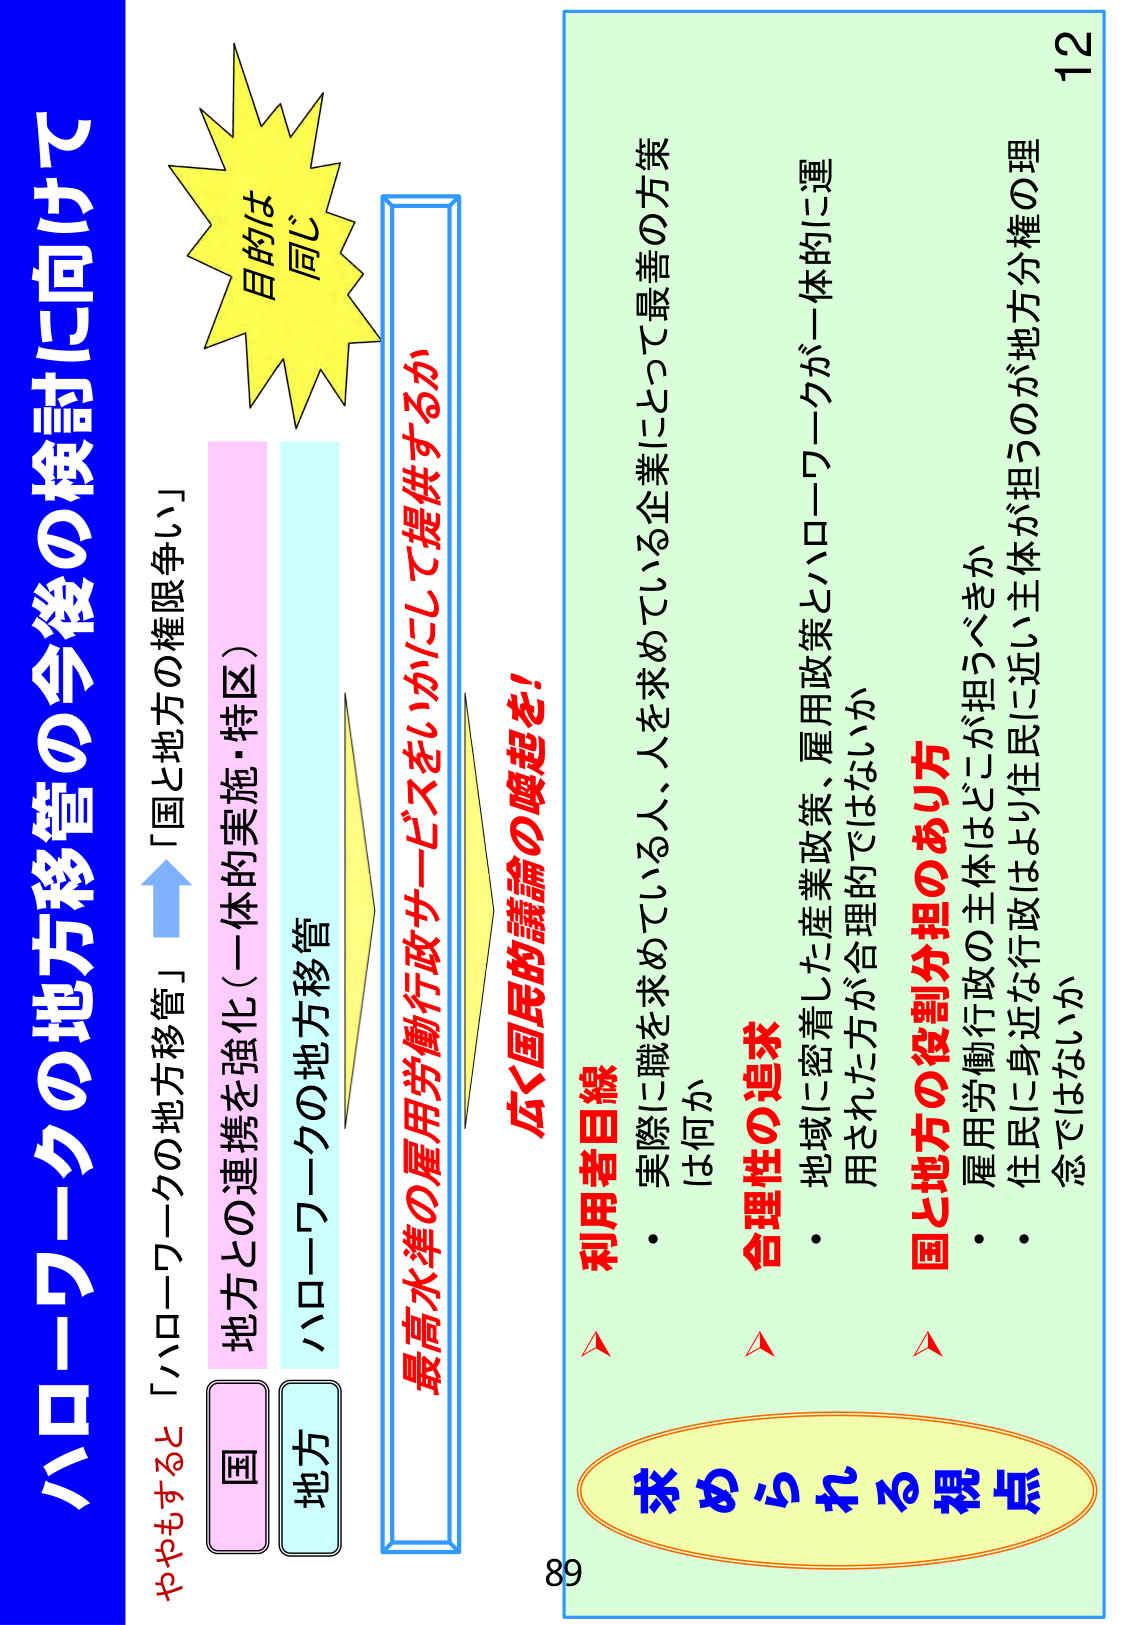
ハローワークの地方移管の今後の検討に向けて

目的は
同じ

ややもすると「ハローワークの地方移管」
「国と地方の権限争い」

地方との連携を強化（一体的実施・特区）
国
地方
ハローワークの地方移管

最高水準の雇用労働行政サービスをいかにして提供するか
広く国民的議論の喚起を！

利用者目線
・ 実際に職を求めている人、人を求めていている企業にとって最善の方策
　は何か

合理性の追求
・ 地域に密着した産業政策、雇用政策とハローワークが一体的に運
　用された方が合理的ではないか

国と地方の役割分担のあり方
・ 雇用労働行政の主体はどこが担うべきか
・ 住民に身近な行政はより住民に近い主体が担うのが地方分権の理
　念ではないか

求められる視点

12
89